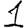
Digit: 1